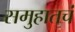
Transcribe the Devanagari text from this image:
समुहातचं